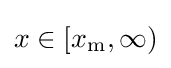
x\in [x_{\mathrm {m} },\infty )